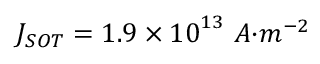
J _ { { S O T } } = 1 . 9 \times { 1 0 } ^ { 1 3 } \ { A } { { · } } { { m } } ^ { { - 2 } }